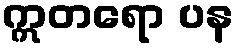
ဣတရော ပန